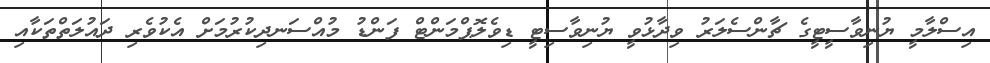
އިސްލާމީ ޔުނިވާސީޓީގެ ޗާންސެލަރު ވިދާޅުވީ ޔުނިވާސިޓީ ޑިވެލޮޕްމަންޓް ފަންޑު މުއްސަނދިކުރުމަށް އެކުވެރި ދައުލަތްތަކާއި